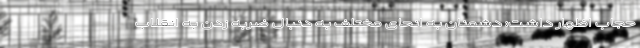
حجاب اظهار داشت: دشمنان به انحای مختلف به دنبال ضربه زدن به انقلاب